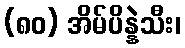
(၈၀) အိမ်ပိန္နဲသီး၊